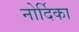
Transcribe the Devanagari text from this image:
नोर्दिका